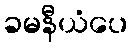
ခမနီယံပေ